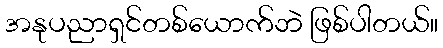
အနုပညာရှင်တစ်ယောက်ဘဲ ဖြစ်ပါတယ်။